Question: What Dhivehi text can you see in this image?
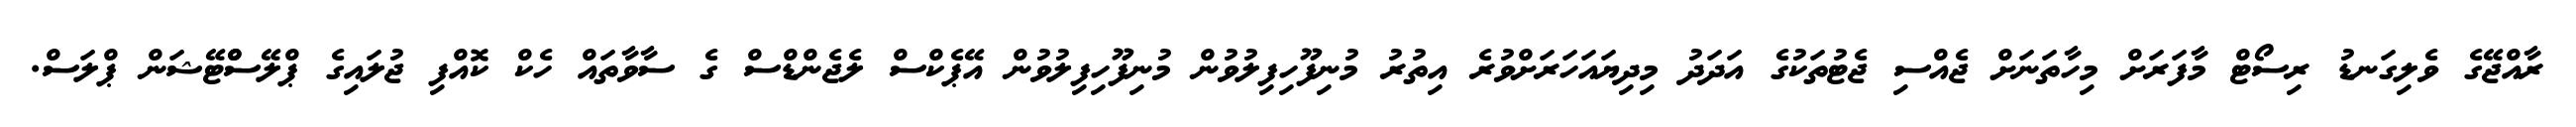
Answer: ރާއްޖޭގެ ވެލިގަނޑު ރިސޯޓް މާފަރަށް މިހާތަނަށް ޖެއްސި ޖެޓުތަކުގެ އަދަދު މިދިޔައަހަރަށްވުރެ އިތުރު މުނިފޫހިފިލުވުން މުނިފޫހިފިލުވުން އޭޕެކްސް ލެޖެންޑްސް ގެ ސާވާތައް ހެކް ކޮއްފި ޖުލައިގެ ޕްލޭސްްޓޭޝަން ޕްލަސް.